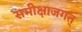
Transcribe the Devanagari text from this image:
समीक्षाजगत्